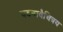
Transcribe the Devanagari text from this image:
घटनावैचित्रय